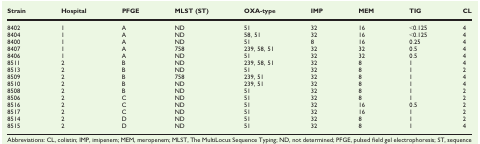
| Strain | Hospital | PFGE | MLST (ST) | OXA-type | IMP | MEM | TIG | CL |
 | --- | --- | --- | --- | --- | --- | --- | --- | --- |
 | 8402 | 1 | A | ND | 51 | 32 | 16 | <0.125 | 4 |
 | 8404 | 1 | A | ND | 58, 51 | 32 | 16 | <0.125 | 4 |
 | 8400 | 1 | A | ND | 51 | 8 | 16 | 0.25 | 4 |
 | 8407 | 1 | A | 758 | 239, 58, 51 | 32 | 32 | 0.5 | 4 |
 | 8406 | 1 | A | ND | 51 | 32 | 32 | 0.5 | 4 |
 | 8511 | 2 | B | ND | 239, 58, 51 | 32 | 8 | 1 | 4 |
 | 8513 | 2 | B | ND | 51 | 32 | 8 | 1 | 2 |
 | 8509 | 2 | B | 758 | 239, 51 | 32 | 8 | 1 | 4 |
 | 8510 | 2 | B | ND | 239, 51 | 32 | 8 | 1 | 4 |
 | 8508 | 2 | B | ND | 51 | 32 | 8 | 1 | 2 |
 | 8506 | 2 | C | ND | 51 | 32 | 8 | 1 | 2 |
 | 8516 | 2 | C | ND | 51 | 32 | 16 | 0.5 | 2 |
 | 8517 | 2 | C | ND | 51 | 32 | 16 | 1 | 2 |
 | 8514 | 2 | D | ND | 51 | 32 | 8 | 1 | 2 |
 | 8515 | 2 | D | ND | 51 | 32 | 8 | 1 | 4 |